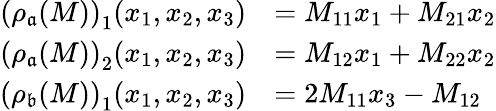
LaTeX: \begin{array}{rl}{\left(\rho_{\mathfrak{a}}(M)\right)_{1}(x_{1},x_{2},x_{3})}&{=M_{11}x_{1}+M_{21}x_{2}}\\ {\left(\rho_{\mathfrak{a}}(M)\right)_{2}(x_{1},x_{2},x_{3})}&{=M_{12}x_{1}+M_{22}x_{2}}\\ {\left(\rho_{\mathfrak{b}}(M)\right)_{1}(x_{1},x_{2},x_{3})}&{=2M_{11}x_{3}-M_{12}}\end{array}